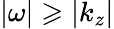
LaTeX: |\omega|\geqslant|k_{z}|